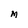
Character: M